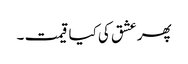
پھر عشق کی کیا قیمت ۔